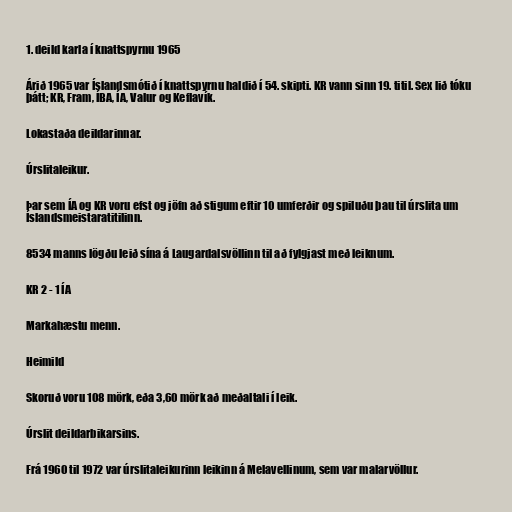
1. deild karla í knattspyrnu 1965

Árið 1965 var Íslandsmótið í knattspyrnu haldið í 54. skipti. KR vann sinn 19. titil. Sex lið tóku
þátt; KR, Fram, ÍBA, ÍA, Valur og Keflavík.

Lokastaða deildarinnar.

Úrslitaleikur.

Þar sem ÍA og KR voru efst og jöfn að stigum eftir 10 umferðir og spiluðu þau til úrslita um
Íslandsmeistaratitilinn.

8534 manns lögðu leið sína á Laugardalsvöllinn til að fylgjast með leiknum.

KR 2 - 1 ÍA

Markahæstu menn.

Heimild

Skoruð voru 108 mörk, eða 3,60 mörk að meðaltali í leik.

Úrslit deildarbikarsins.

Frá 1960 til 1972 var úrslitaleikurinn leikinn á Melavellinum, sem var malarvöllur.